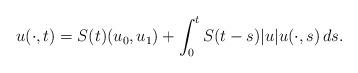
LaTeX: \begin{align*}u(\cdot,t)=S(t)(u_0,u_1)+\int_0^tS(t-s)|u|u(\cdot,s)\,ds.\end{align*}